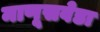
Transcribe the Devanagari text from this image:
माणूसवेडा